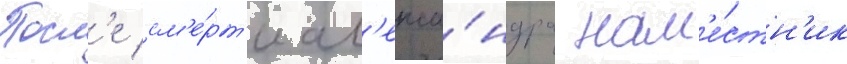
Посл'е см'е́рт'и ал'екса́ндра нам'е́стн'ик